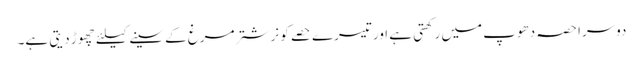
دوسرا حصہ دھوپ میں رکھتی ہے اور تیسرے حصے کو نر شتر مرغ کے سینے کیلئے چھوڑ دیتی ہے۔